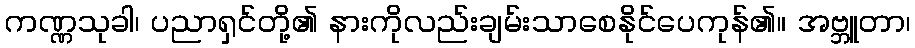
ကဏ္ဏသုခါ၊ ပညာရှင်တို့၏ နားကိုလည်းချမ်းသာစေနိုင်ပေကုန်၏။ အဗ္ဘူတာ၊